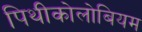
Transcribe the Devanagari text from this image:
पिथीकोलोबियम